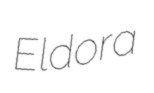
Eldora